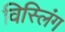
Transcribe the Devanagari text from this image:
विस्लिंग